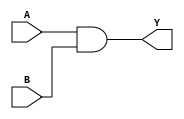
module assign_statement (
    input A,
    input B,
    output Y
);

assign Y = A & B; // Assigns the AND operation of inputs A and B to output Y

endmodule